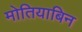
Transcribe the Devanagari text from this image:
मोतियाबिन